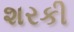
શરકી